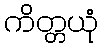
ကိတ္တယုံ